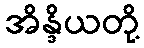
အိန္ဒိယတို့